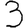
Digit: 3